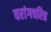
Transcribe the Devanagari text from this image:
वरांगचरित